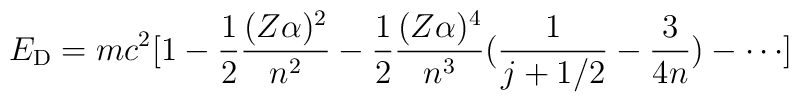
E_{\rm D}=mc^{2}[1-\frac{1}{2}\frac{(Z\alpha)^{2}}{n^2}-\frac{1}{2}\frac{(Z\alpha)^{4}}{n^3}(\frac{1}{j+1/2}-\frac{3}{4n})-\cdots ]